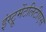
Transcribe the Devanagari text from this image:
इंस्ट्रूमेंटलिटीएस